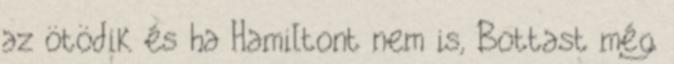
az ötödik és ha Hamiltont nem is, Bottast még